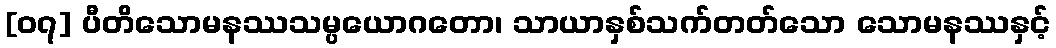
[၀၇] ပီတိသောမနဿသမ္ပယောဂတော၊ သာယာနှစ်သက်တတ်သော သောမနဿနှင့်